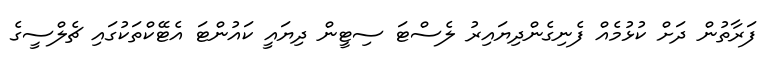
ފަރާތުން ދަށް ކުޅުމެއް ފެނިގެންދިޔައިރު ލެސްޓަ ސިޓީން ދިޔައީ ކައުންޓަ އެޓޭކްތަކުގައި ޗެލްސީގެ